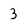
Character: 3